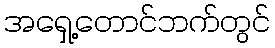
အရှေ့တောင်ဘက်တွင်